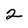
Character: 2